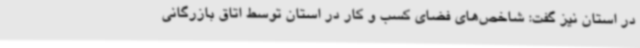
در استان نیز گفت: شاخص‌های فضای کسب و کار در استان توسط اتاق بازرگانی